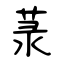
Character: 菉